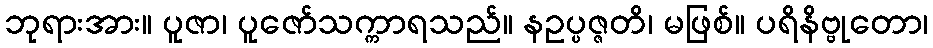
ဘုရားအား။ ပူဇာ၊ ပူဇော်သက္ကာရသည်။ နဥပ္ပဇ္ဇတိ၊ မဖြစ်။ ပရိနိဗ္ဗုတော၊